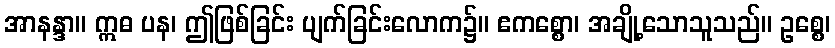
အာနန္ဒာ။ ဣဓ ပန၊ ဤဖြစ်ခြင်း ပျက်ခြင်းလောက၌။ ဧကစ္စော၊ အချို့သောသူသည်။ ဥစ္စေ၊